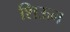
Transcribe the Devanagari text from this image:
शिऊन